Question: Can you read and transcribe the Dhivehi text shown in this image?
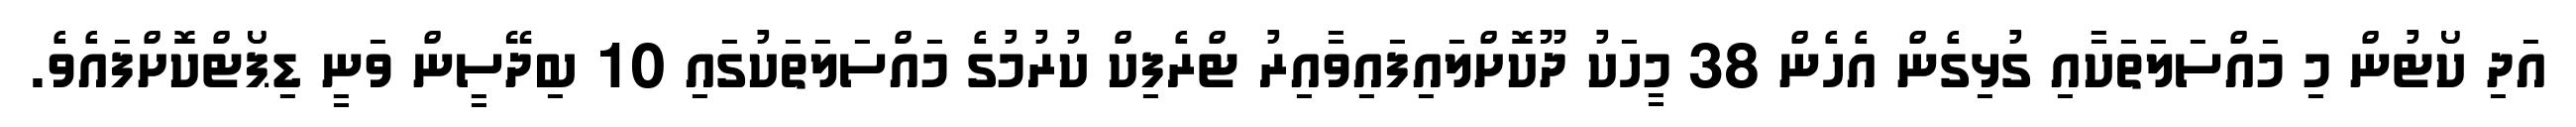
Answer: އަދި ކޯޓުން މި މައްސަލަތަކާއި ގުޅިގެން އެހެން 38 މީހަކު ދޫކޮށްލައިފައިވާއިރު ޓްރެފިކް ކުރުމުގެ މައްސަލަތަކުގައި 10 ބިދޭސީން ވަނީ ޑިޕޯޓްކޮށްފައެވެ.